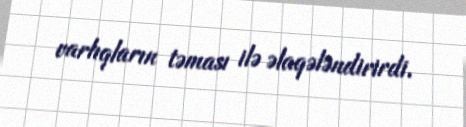
varlıqların təması ilə əlaqələndirirdi.